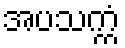
အပသက္ကံ